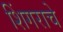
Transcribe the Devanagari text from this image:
शिंगराचे